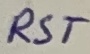
Text: RST